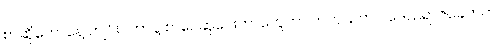
စာဆိုတော်နေ့ ကျင်းပတာနဲ့ စာပေဆုပေးတာတွေဟာ တကယ်က ပဒေသရာဇ်ခေတ်က